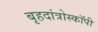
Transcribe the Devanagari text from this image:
बृहदांत्रोस्कॉपी